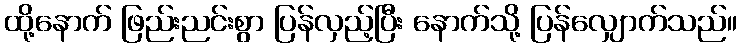
ထို့နောက် ဖြည်းညင်းစွာ ပြန်လှည့်ပြီး နောက်သို့ ပြန်လျှောက်သည်။